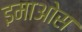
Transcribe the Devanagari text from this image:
इमाओस